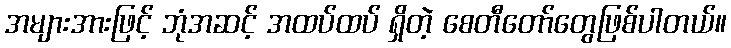
အများအားဖြင့် ဘုံအဆင့် အထပ်ထပ် ရှိတဲ့ စေတီတော်တွေဖြစ်ပါတယ်။